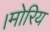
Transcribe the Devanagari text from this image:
।मोरिय